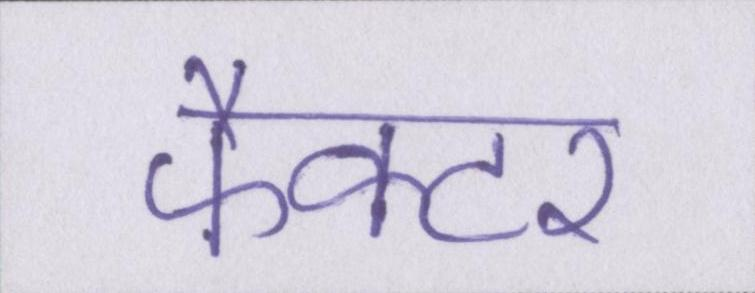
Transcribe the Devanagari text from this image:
फैक्टर